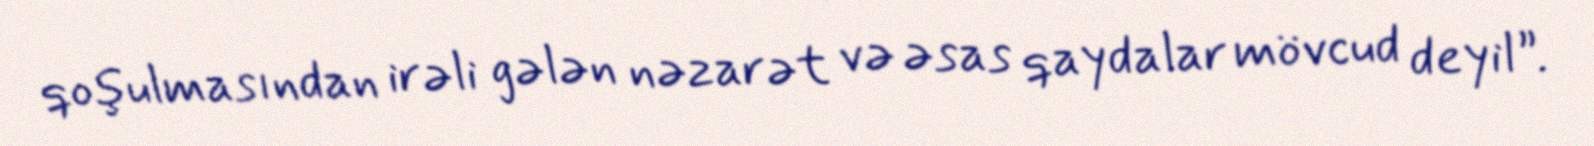
qoşulmasından irəli gələn nəzarət və əsas qaydalar mövcud deyil”.